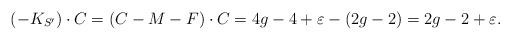
LaTeX: \begin{align*}(-K_{S'})\cdot C=(C-M-F)\cdot C=4g-4+\varepsilon -(2g-2)=2g-2+\varepsilon.\end{align*}